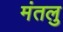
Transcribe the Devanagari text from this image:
मंतलु